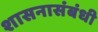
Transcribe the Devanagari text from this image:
शासनासंबंधी